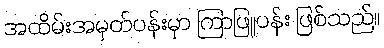
အထိမ်းအမှတ်ပန်းမှာ ကြာဖြူပန်း ဖြစ်သည်။